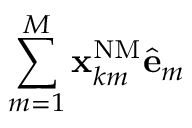
\sum _ { m = 1 } ^ { M } \mathbf { x } _ { k m } ^ { \mathrm { { N M } } } \hat { \mathbf { e } } _ { m }